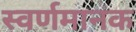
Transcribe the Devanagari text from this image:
स्वर्णमानक